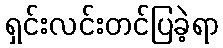
ရှင်းလင်းတင်ပြခဲ့ရာ